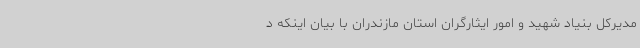
مدیرکل بنیاد شهید و امور ایثارگران استان مازندران با بیان اینکه د